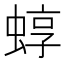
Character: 蜳